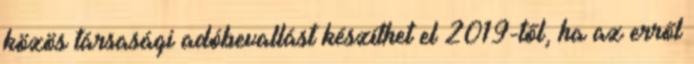
közös társasági adóbevallást készíthet el 2019-től, ha az erről